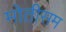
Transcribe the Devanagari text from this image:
मोतीसम